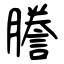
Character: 謄